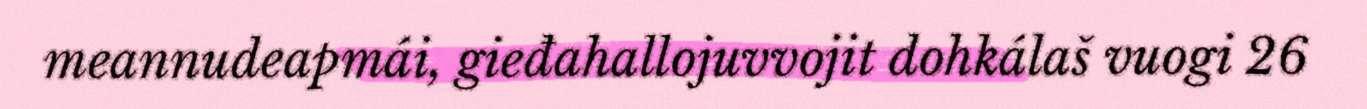
meannudeapmái, gieđahallojuvvojit dohkálaš vuogi 26